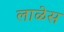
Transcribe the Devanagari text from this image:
लाळेस